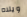
ويلاه